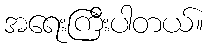
အရေးကြီးပါတယ်။